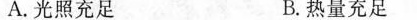
A.光照充足 B.热量充足